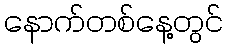
နောက်တစ်နေ့တွင်